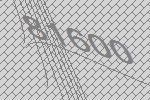
81600